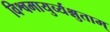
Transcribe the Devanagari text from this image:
विश्वमायुर्व्यश्नुताम्‌